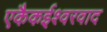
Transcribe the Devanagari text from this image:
एकैकईश्‍वरवाद